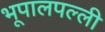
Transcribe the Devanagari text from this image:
भूपालपल्ली